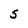
Character: S